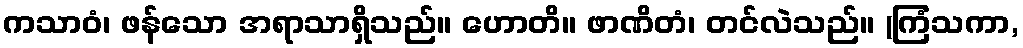
ကသာဝံ၊ ဖန်သော အရာသာရှိသည်။ ဟောတိ။ ဖာဏိတံ၊ တင်လဲသည်။ (ကြံသကာ,